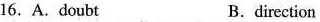
16. A.doubt B.direction